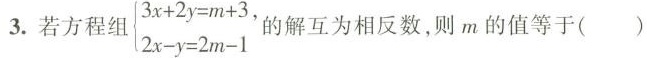
3.若方程组 $$\begin {cases}